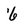
Character: 6